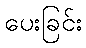
ပေးခြင်း